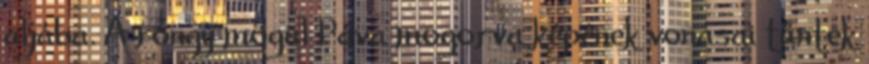
aljába. A rongy mögül Páva mogorva képének vonásai tűntek